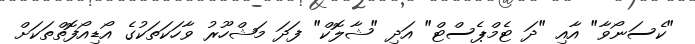
"ކެސަނޯވާ" އާއި "ދަ ޓެމްޕެސްޓް" އަދި "ޝާލޮކް" ފަދަ މަޝްހޫރު ވާހަކަތަކުގެ އޯޑިއޯފޮތްތަކަށް